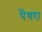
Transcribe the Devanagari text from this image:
पेंथरा